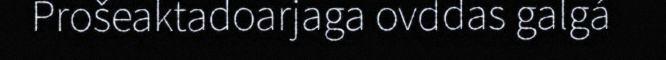
Prošeaktadoarjaga ovddas galgá